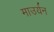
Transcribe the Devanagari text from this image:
माउर्यन